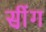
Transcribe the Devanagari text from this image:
सी़ंग